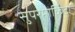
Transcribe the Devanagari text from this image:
सुपरमार्किटों